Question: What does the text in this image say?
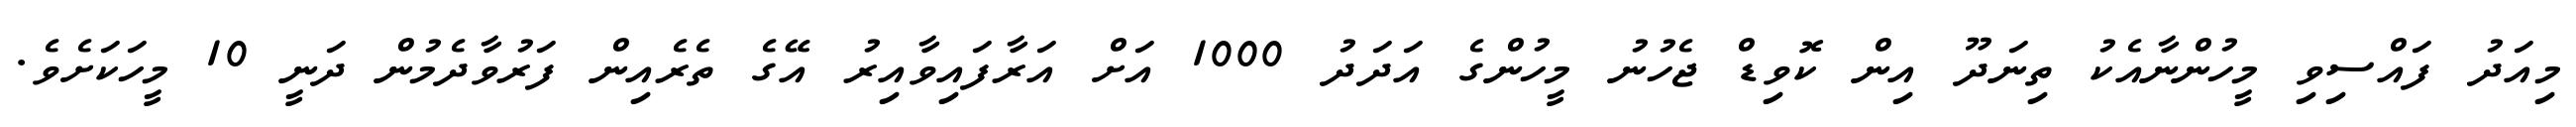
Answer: މިއަދު ފައްސިވި މީހުންނާއެކު ތިނަދޫ އިން ކޮވިޑް ޖެހުނު މީހުންގެ އަދަދު 1000 އަށް އަރާފައިވާއިރު އޭގެ ތެރެއިން ފަރުވާދެމުން ދަނީ 10 މީހަކަށެވެ.